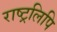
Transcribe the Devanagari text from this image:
राष्ट्रलिपि